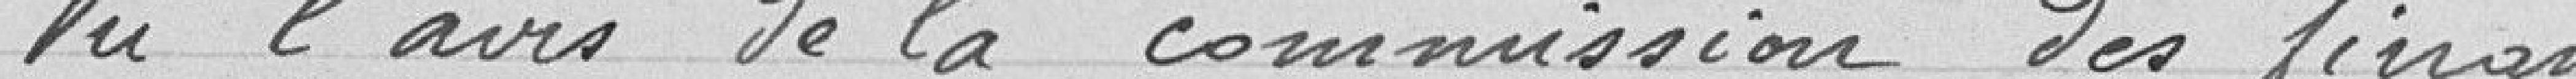
Vu l’avis de la commission des finances,